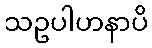
သဥပါဟနာပိ